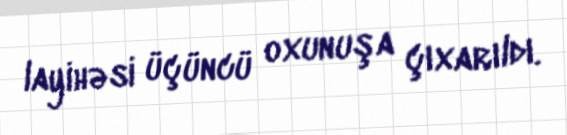
layihəsi üçüncü oxunuşa çıxarıldı.